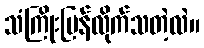
သံကြိုးပြန်လိုက်သတဲ့လဲ။